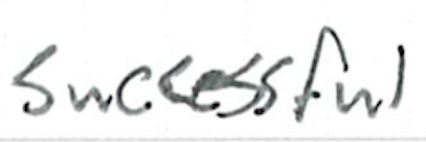
Text: successful
Cross-out: clean
Writing tool: ballpoint